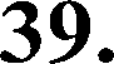
39.